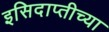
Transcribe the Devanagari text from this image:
इसिदाप्तीच्या